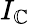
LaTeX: I_{\mathbb{C}}